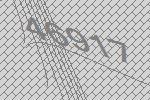
46917